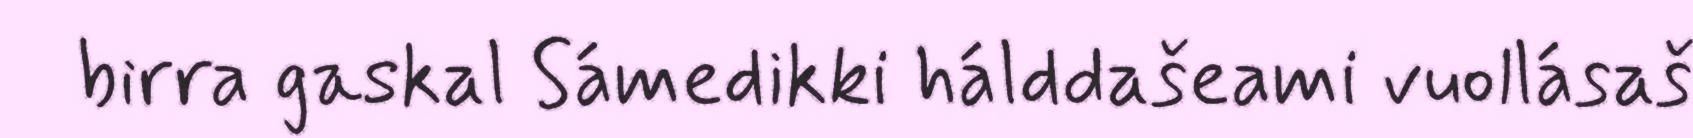
birra gaskal Sámedikki hálddašeami vuollásaš